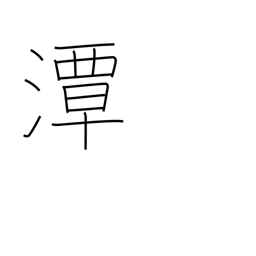
Meaning: deep water